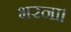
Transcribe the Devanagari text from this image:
भरना।